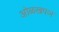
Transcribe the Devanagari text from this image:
ओळखपञ